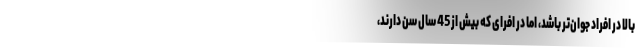
بالا در افراد جوان‌تر باشد، اما در افرای که بیش از 45 سال سن دارند،